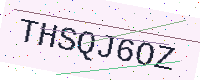
Text: THSQJ6OZ